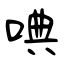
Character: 唺